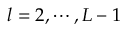
l = 2 , \cdots , L - 1